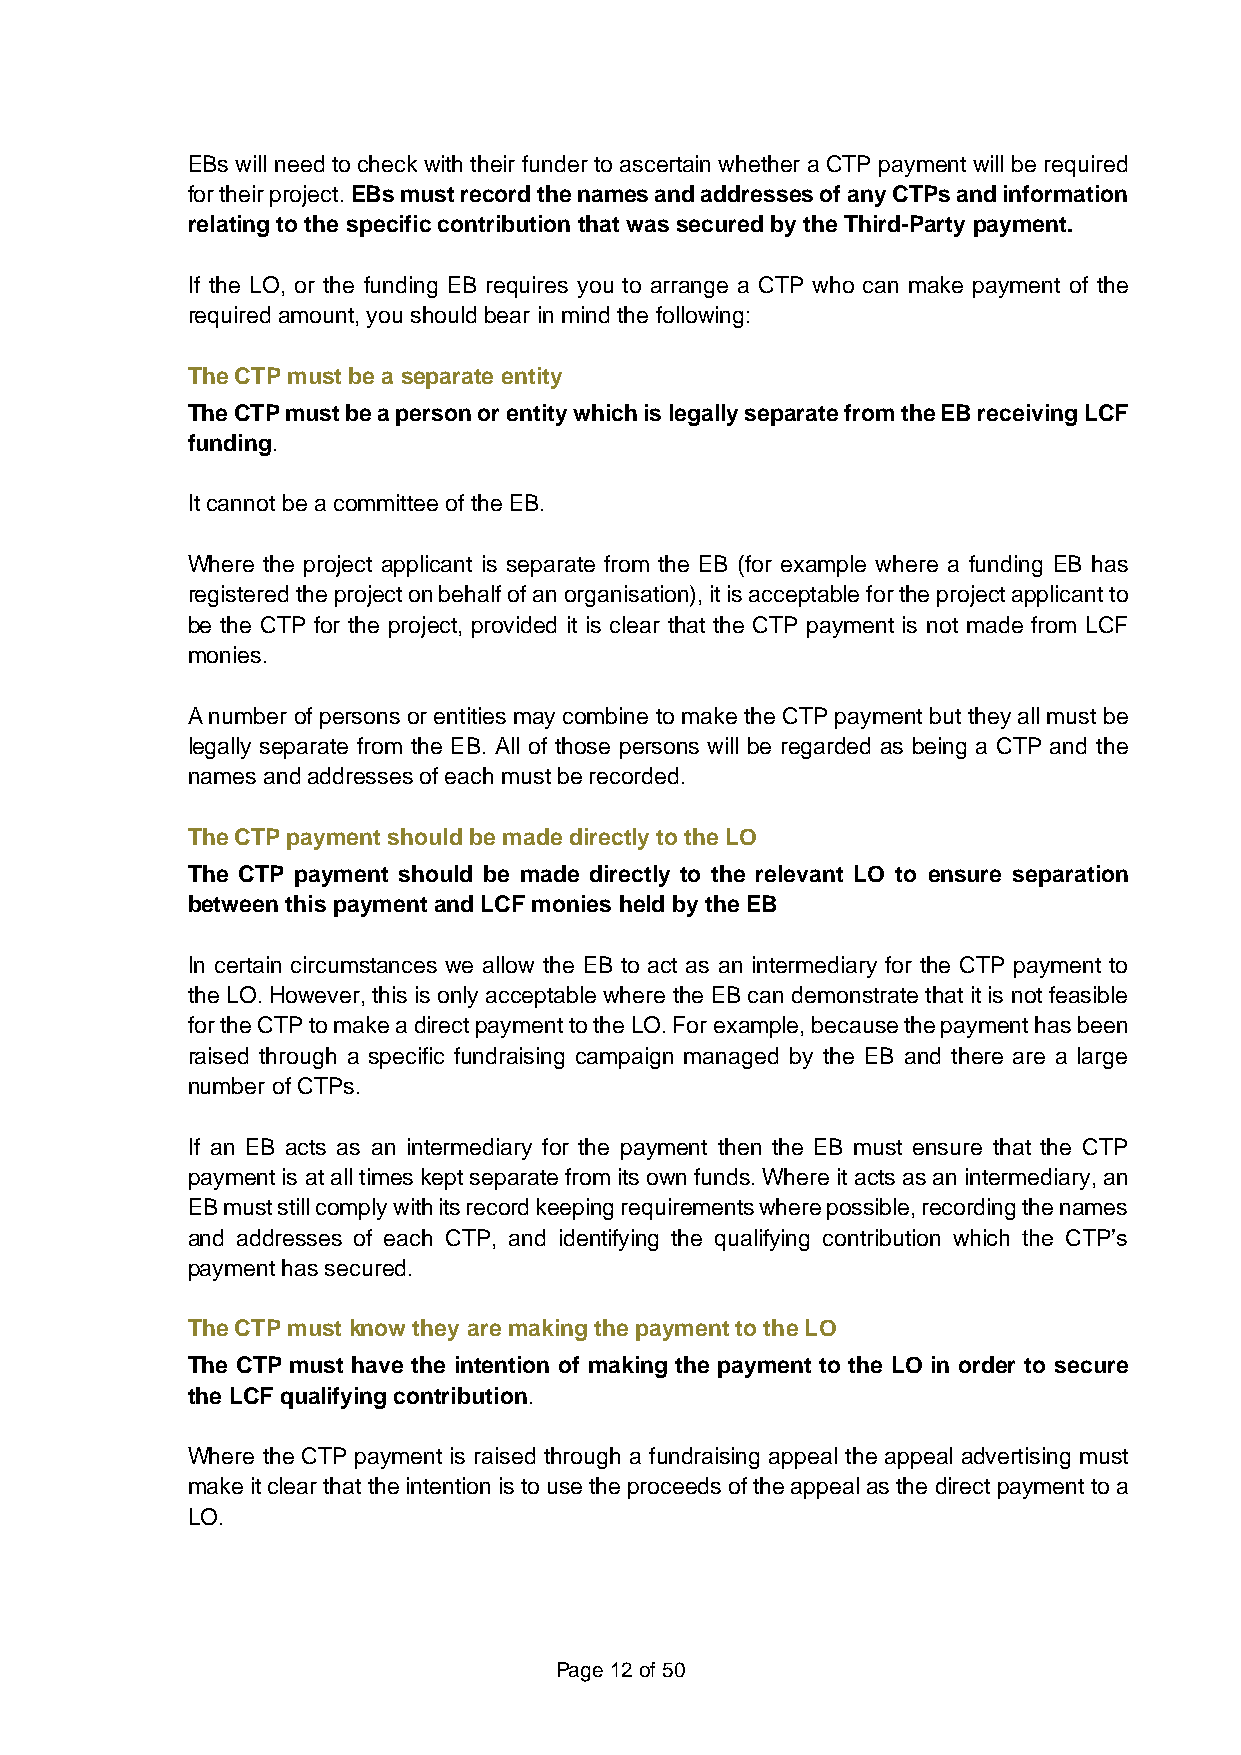
EBs will need to check with their funder to ascertain whether a CTP payment will be required
 for their project. EBs must record the names and addresses of any CTPs and information
 relating to the specific contribution that was secured by the Third-Party payment.
 If the LO, or the funding EB requires you to arrange a CTP who can make payment of the
 required amount, you should bear in mind the following:
 The CTP must be a separate entity
 The CTP must be a person or entity which is legally separate from the EB receiving LCF
 funding.
 It cannot be a committee of the EB.
 Where the project applicant is separate from the EB (for example where a funding EB has
 registered the project on behalf of an organisation), it is acceptable for the project applicant to
 be the CTP for the project, provided it is clear that the CTP payment is not made from LCF
 monies.
 A number of persons or entities may combine to make the CTP payment but they all must be
 legally separate from the EB. All of those persons will be regarded as being a CTP and the
 names and addresses of each must be recorded.
 The CTP payment should be made directly to the LO
 The CTP payment should be made directly to the relevant LO to ensure separation
 between this payment and LCF monies held by the EB
 In certain circumstances we allow the EB to act as an intermediary for the CTP payment to
 the LO. However, this is only acceptable where the EB can demonstrate that it is not feasible
 for the CTP to make a direct payment to the LO. For example, because the payment has been
 raised through a specific fundraising campaign managed by the EB and there are a large
 number of CTPs.
 If an EB acts as an intermediary for the payment then the EB must ensure that the CTP
 payment is at all times kept separate from its own funds. Where it acts as an intermediary, an
 EB must still comply with its record keeping requirements where possible, recording the names
 and addresses of each CTP, and identifying the qualifying contribution which the CTP’s
 payment has secured.
 The CTP must know they are making the payment to the LO
 The CTP must have the intention of making the payment to the LO in order to secure
 the LCF qualifying contribution.
 Where the CTP payment is raised through a fundraising appeal the appeal advertising must
 make it clear that the intention is to use the proceeds of the appeal as the direct payment to a
 LO.
 Page 12 of 50